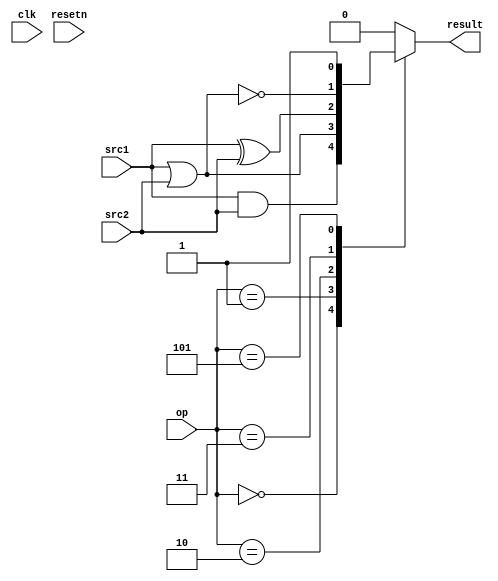
/******************************************************************************

0  VFAND
1  VFOR
2  VFXOR
3  VFNOR
4  VFCLR
5  VFSET

Not handled here:
  VIOTA
  VCIOTA
  VFPOP
  VFFF1
  VFFL1
  VFSETBF
  VFSETIF
  VFSETOF

******************************************************************************/

module vlane_flagalu (
    clk,
    resetn,

    src1,
    src2,

    op,

    result

    );

input clk;
input resetn;

input src1;
input src2;
input [2:0] op;

output result;

reg result;

  always@*
    case(op)
      0: result=src1&src2;
      1: result=src1|src2;
      2: result=src1^src2;
      3: result=~(src1|src2);
      4: result=1'b0;
      5: result=1'b1;
      default: result=1'b0;
    endcase

endmodule